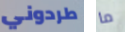
طردوني ما